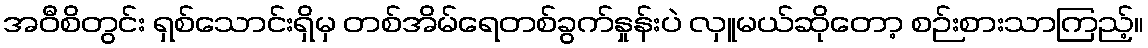
အဝီစိတွင်း ရှစ်သောင်းရှိမှ တစ်အိမ်ရေတစ်ခွက်နှုန်းပဲ လှူမယ်ဆိုတော့ စဉ်းစားသာကြည့်။